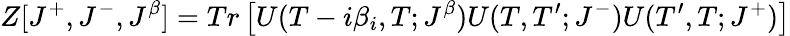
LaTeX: Z[J^{+},J^{-},J^{\beta}]=Tr\left[U(T-i\beta_{i},T;J^{\beta})U(T,T^{\prime};J^{-})U(T^{\prime},T;J^{+})\right]